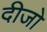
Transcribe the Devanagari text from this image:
दीजो